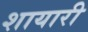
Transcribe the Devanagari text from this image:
शायारी